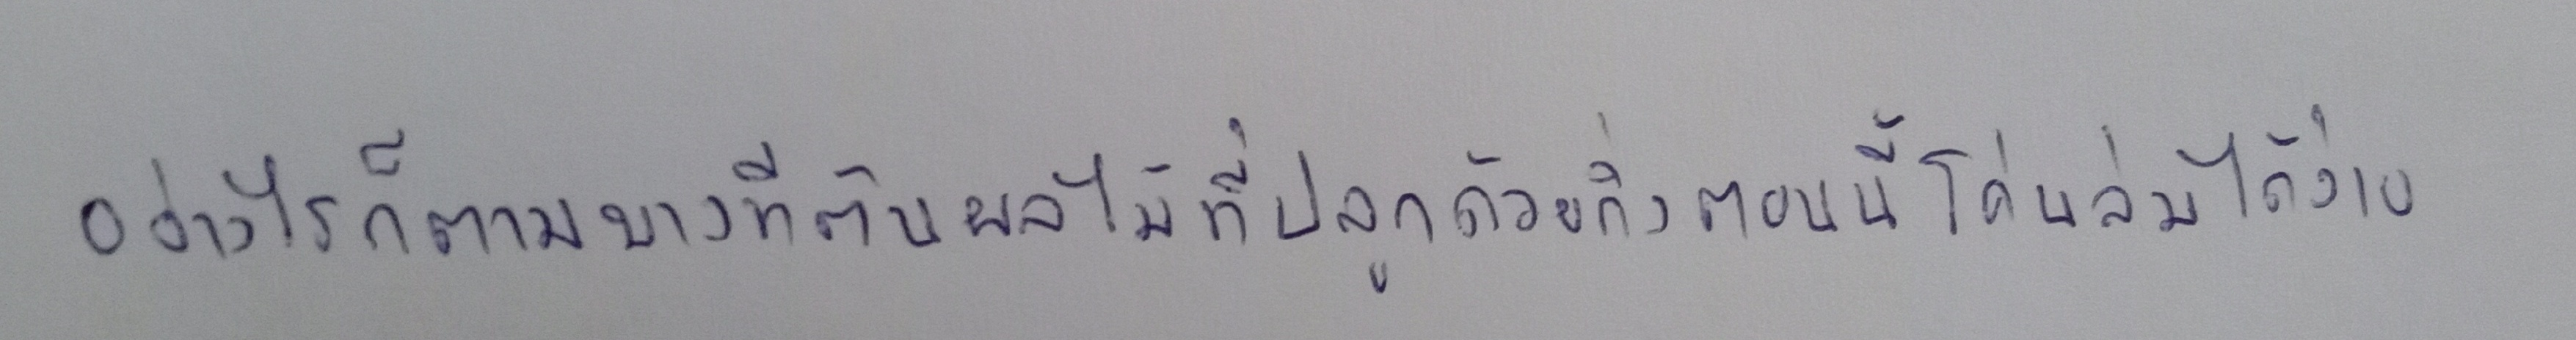
อย่างไรก็ตามบางทีต้นผลไม้ที่ปลูกด้วยกิ่งตอนนี้โค่นล้มได้ง่าย